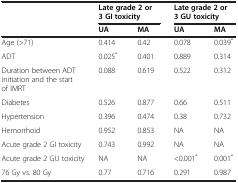
<table><thead><tr><td rowspan="2"><b> </b></td><td colspan="2"><b>Late grade 2 or 3 GI toxicity</b></td><td colspan="2"><b>Late grade 2 or 3 GU toxicity</b></td></tr><tr><td><b>UA</b></td><td><b>MA</b></td><td><b>UA</b></td><td><b>MA</b></td></tr></thead><tbody><tr><td>Age (&gt;71)</td><td>0.414</td><td>0.42</td><td>0.078</td><td>0.039<sup>*</sup></td></tr><tr><td>ADT</td><td>0.025<sup>*</sup></td><td>0.401</td><td>0.889</td><td>0.314</td></tr><tr><td>Duration between ADT initiation and the start of IMRT</td><td>0.088</td><td>0.619</td><td>0.522</td><td>0.312</td></tr><tr><td>Diabetes</td><td>0.526</td><td>0.877</td><td>0.66</td><td>0.511</td></tr><tr><td>Hypertension</td><td>0.396</td><td>0.474</td><td>0.38</td><td>0.732</td></tr><tr><td>Hemorrhoid</td><td>0.952</td><td>0.853</td><td>NA</td><td>NA</td></tr><tr><td>Acute grade 2 GI toxicity</td><td>0.743</td><td>0.992</td><td>NA</td><td>NA</td></tr><tr><td>Acute grade 2 GU toxicity</td><td>NA</td><td>NA</td><td>&lt;0.001<sup>*</sup></td><td>0.001<sup>*</sup></td></tr><tr><td>76 Gy vs. 80 Gy</td><td>0.77</td><td>0.716</td><td>0.291</td><td>0.987</td></tr></tbody></table>